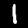
Digit: 1